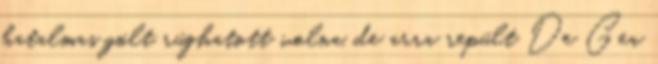
hatalmas gólt rúghatott volna, de arra repült De Gea